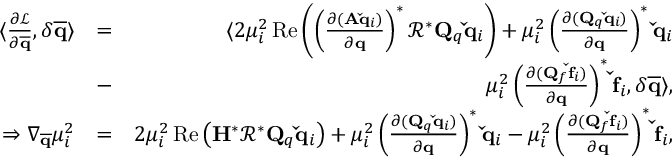
\begin{array} { r l r } { \langle \frac { \partial \mathcal { L } } { \partial \mathbf { \overline { { q } } } } , \delta \mathbf { \overline { { q } } } \rangle } & { = } & { \langle 2 \mu _ { i } ^ { 2 } \operatorname { R e } \left( \left( \frac { \partial ( \mathbf { A } \mathbf { \check { q } } _ { i } ) } { \partial \mathbf { q } } \right) ^ { * } \mathbf { \mathcal { R } } ^ { * } \mathbf { Q } _ { q } \mathbf { \check { q } } _ { i } \right) + \mu _ { i } ^ { 2 } \left( \frac { \partial ( \mathbf { Q } _ { q } \mathbf { \check { q } } _ { i } ) } { \partial \mathbf { q } } \right) ^ { * } \mathbf { \check { q } } _ { i } } \\ & { - } & { \mu _ { i } ^ { 2 } \left( \frac { \partial ( \mathbf { Q } _ { f } \mathbf { \check { f } } _ { i } ) } { \partial \mathbf { q } } \right) ^ { * } \mathbf { \check { f } } _ { i } , \delta \mathbf { \overline { { q } } } \rangle , } \\ { \Rightarrow \nabla _ { \mathbf { \overline { { q } } } } \mu _ { i } ^ { 2 } } & { = } & { 2 \mu _ { i } ^ { 2 } \operatorname { R e } \left( \mathbf { H } ^ { * } \mathbf { \mathcal { R } } ^ { * } \mathbf { Q } _ { q } \mathbf { \check { q } } _ { i } \right) + \mu _ { i } ^ { 2 } \left( \frac { \partial ( \mathbf { Q } _ { q } \mathbf { \check { q } } _ { i } ) } { \partial \mathbf { q } } \right) ^ { * } \mathbf { \check { q } } _ { i } - \mu _ { i } ^ { 2 } \left( \frac { \partial ( \mathbf { Q } _ { f } \mathbf { \check { f } } _ { i } ) } { \partial \mathbf { q } } \right) ^ { * } \mathbf { \check { f } } _ { i } , } \end{array}